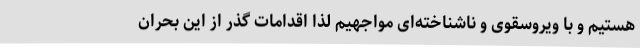
هستیم و با ویروسقوی و ناشناخته‌ای مواجهیم لذا اقدامات گذر از این بحران